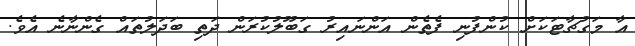
އާ މަގުޗާޓަކަށް ކުންފުނި ފެތެން އަންނައިރު ގަބޫލުކުރަން ދަތި ބަދަލުތައް ގެންނާނެ އެވެ.